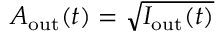
A _ { \mathrm { o u t } } ( t ) = \sqrt { I _ { \mathrm { o u t } } ( t ) }